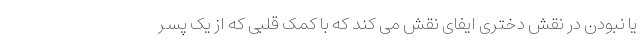
یا نبودن در نقش دختری ایفای نقش می کند که با کمک قلبی که از یک پسر